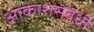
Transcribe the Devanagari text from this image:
आकाशसंबंधी